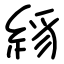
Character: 絼